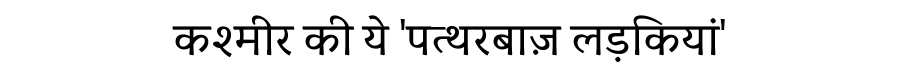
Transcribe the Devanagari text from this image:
कश्मीर की ये 'पत्थरबाज़ लड़कियां'